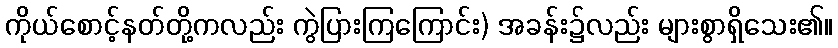
ကိုယ်စောင့်နတ်တို့ကလည်း ကွဲပြားကြကြောင်း) အခန်း၌လည်း များစွာရှိသေး၏။